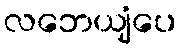
လဘေယျံပေ